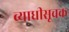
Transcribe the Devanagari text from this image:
व्याधीसूचक